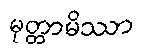
မုတ္တာမိဿာ